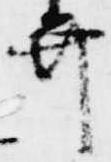
弁